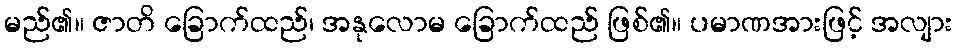
မည်၏။ ဇာတိ ခြောက်ထည်၊ အနုလောမ ခြောက်ထည် ဖြစ်၏။ ပမာဏအားဖြင့် အလျား